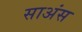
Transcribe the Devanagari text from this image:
साअंस